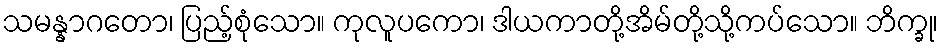
သမန္နာဂတော၊ ပြည့်စုံသော။ ကုလူပကော၊ ဒါယကာတို့အိမ်တို့သို့ကပ်သော။ ဘိက္ခု၊